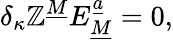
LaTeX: \delta_{\kappa}\mathbb{Z}^{\underline{{{M}}}}E_{\underline{{{M}}}}^{\underline{{{a}}}}=0,